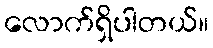
လောက်ရှိပါတယ်။